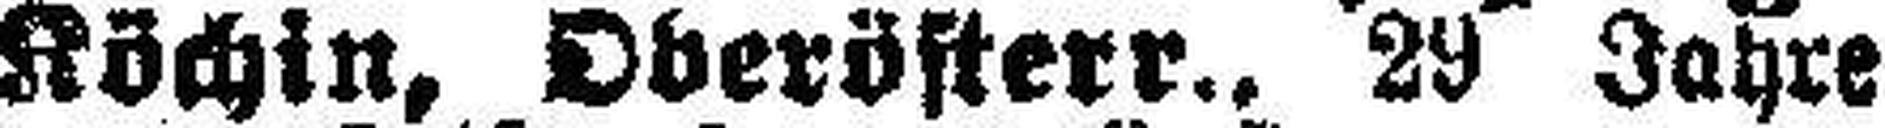
Köchin, Oberösterr., 29 Jahre